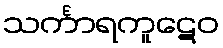
သင်္ကာရကူဋေဝ